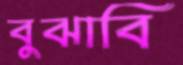
বুঝাবি